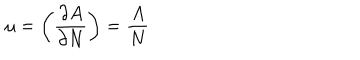
\mu = \biggl ( { \frac { \partial A } { \partial N } } \biggr ) = { \frac { A } { N } }